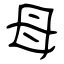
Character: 母